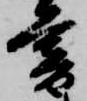
暮